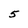
Character: 5